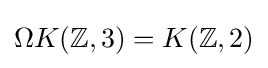
\Omega K(\mathbb {Z} ,3)=K(\mathbb {Z} ,2)